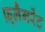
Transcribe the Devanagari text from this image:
फ़्लैगरेंट